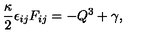
\frac { \kappa } { 2 } \epsilon _ { i j } F _ { i j } = - Q ^ { 3 } + \gamma ,